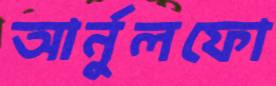
আর্নুলফো